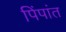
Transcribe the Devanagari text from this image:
पिंपांत